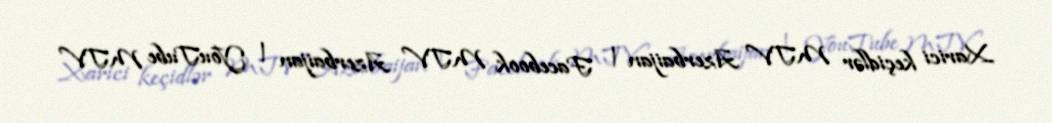
Xarici keçidlər MTV Azerbaijan | Facebook MTV Azerbaijan | YouTube MTV